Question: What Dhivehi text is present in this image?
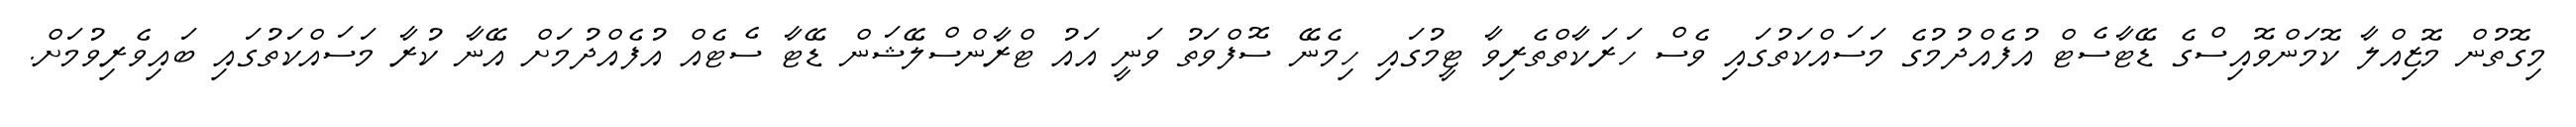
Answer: މިގޮތުން މޮޒިއްލާ ކޮމަންވޮއިސްގެ ޑޭޓާސެޓް އުފެއްދުމުގެ މަސައްކަތުގައި ވެސް ހަރަކާތްތެރިވާ ޓީމުގައި ހިމެނޭ ސޮފްވަތު ވަނީ އައު ޓްރާންސްލޭޝަން ޑޭޓާ ސެޓެއް އުފެއްދުމަށް އޭނާ ކުރާ މަސައްކަތުގައި ބައިވެރިވުމަށް.